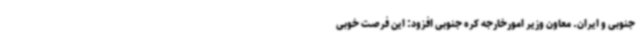
جنوبی و ایران. معاون وزیر امورخارجه کره جنوبی افزود: این فرصت خوبی